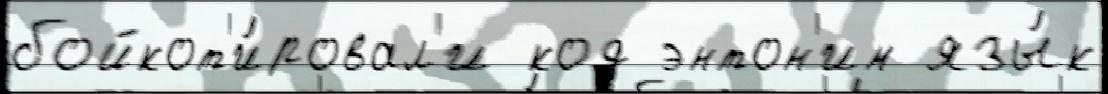
бойкот'и́ровал'и код энтон'им язы́к